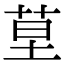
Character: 𦯖